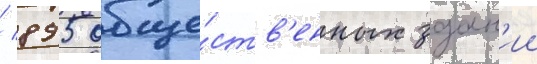
/ 895 обще́ств'енных здан'ии